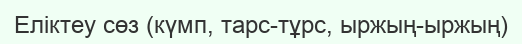
Еліктеу сөз (күмп, тарс-тұрс, ыржың-ыржың)